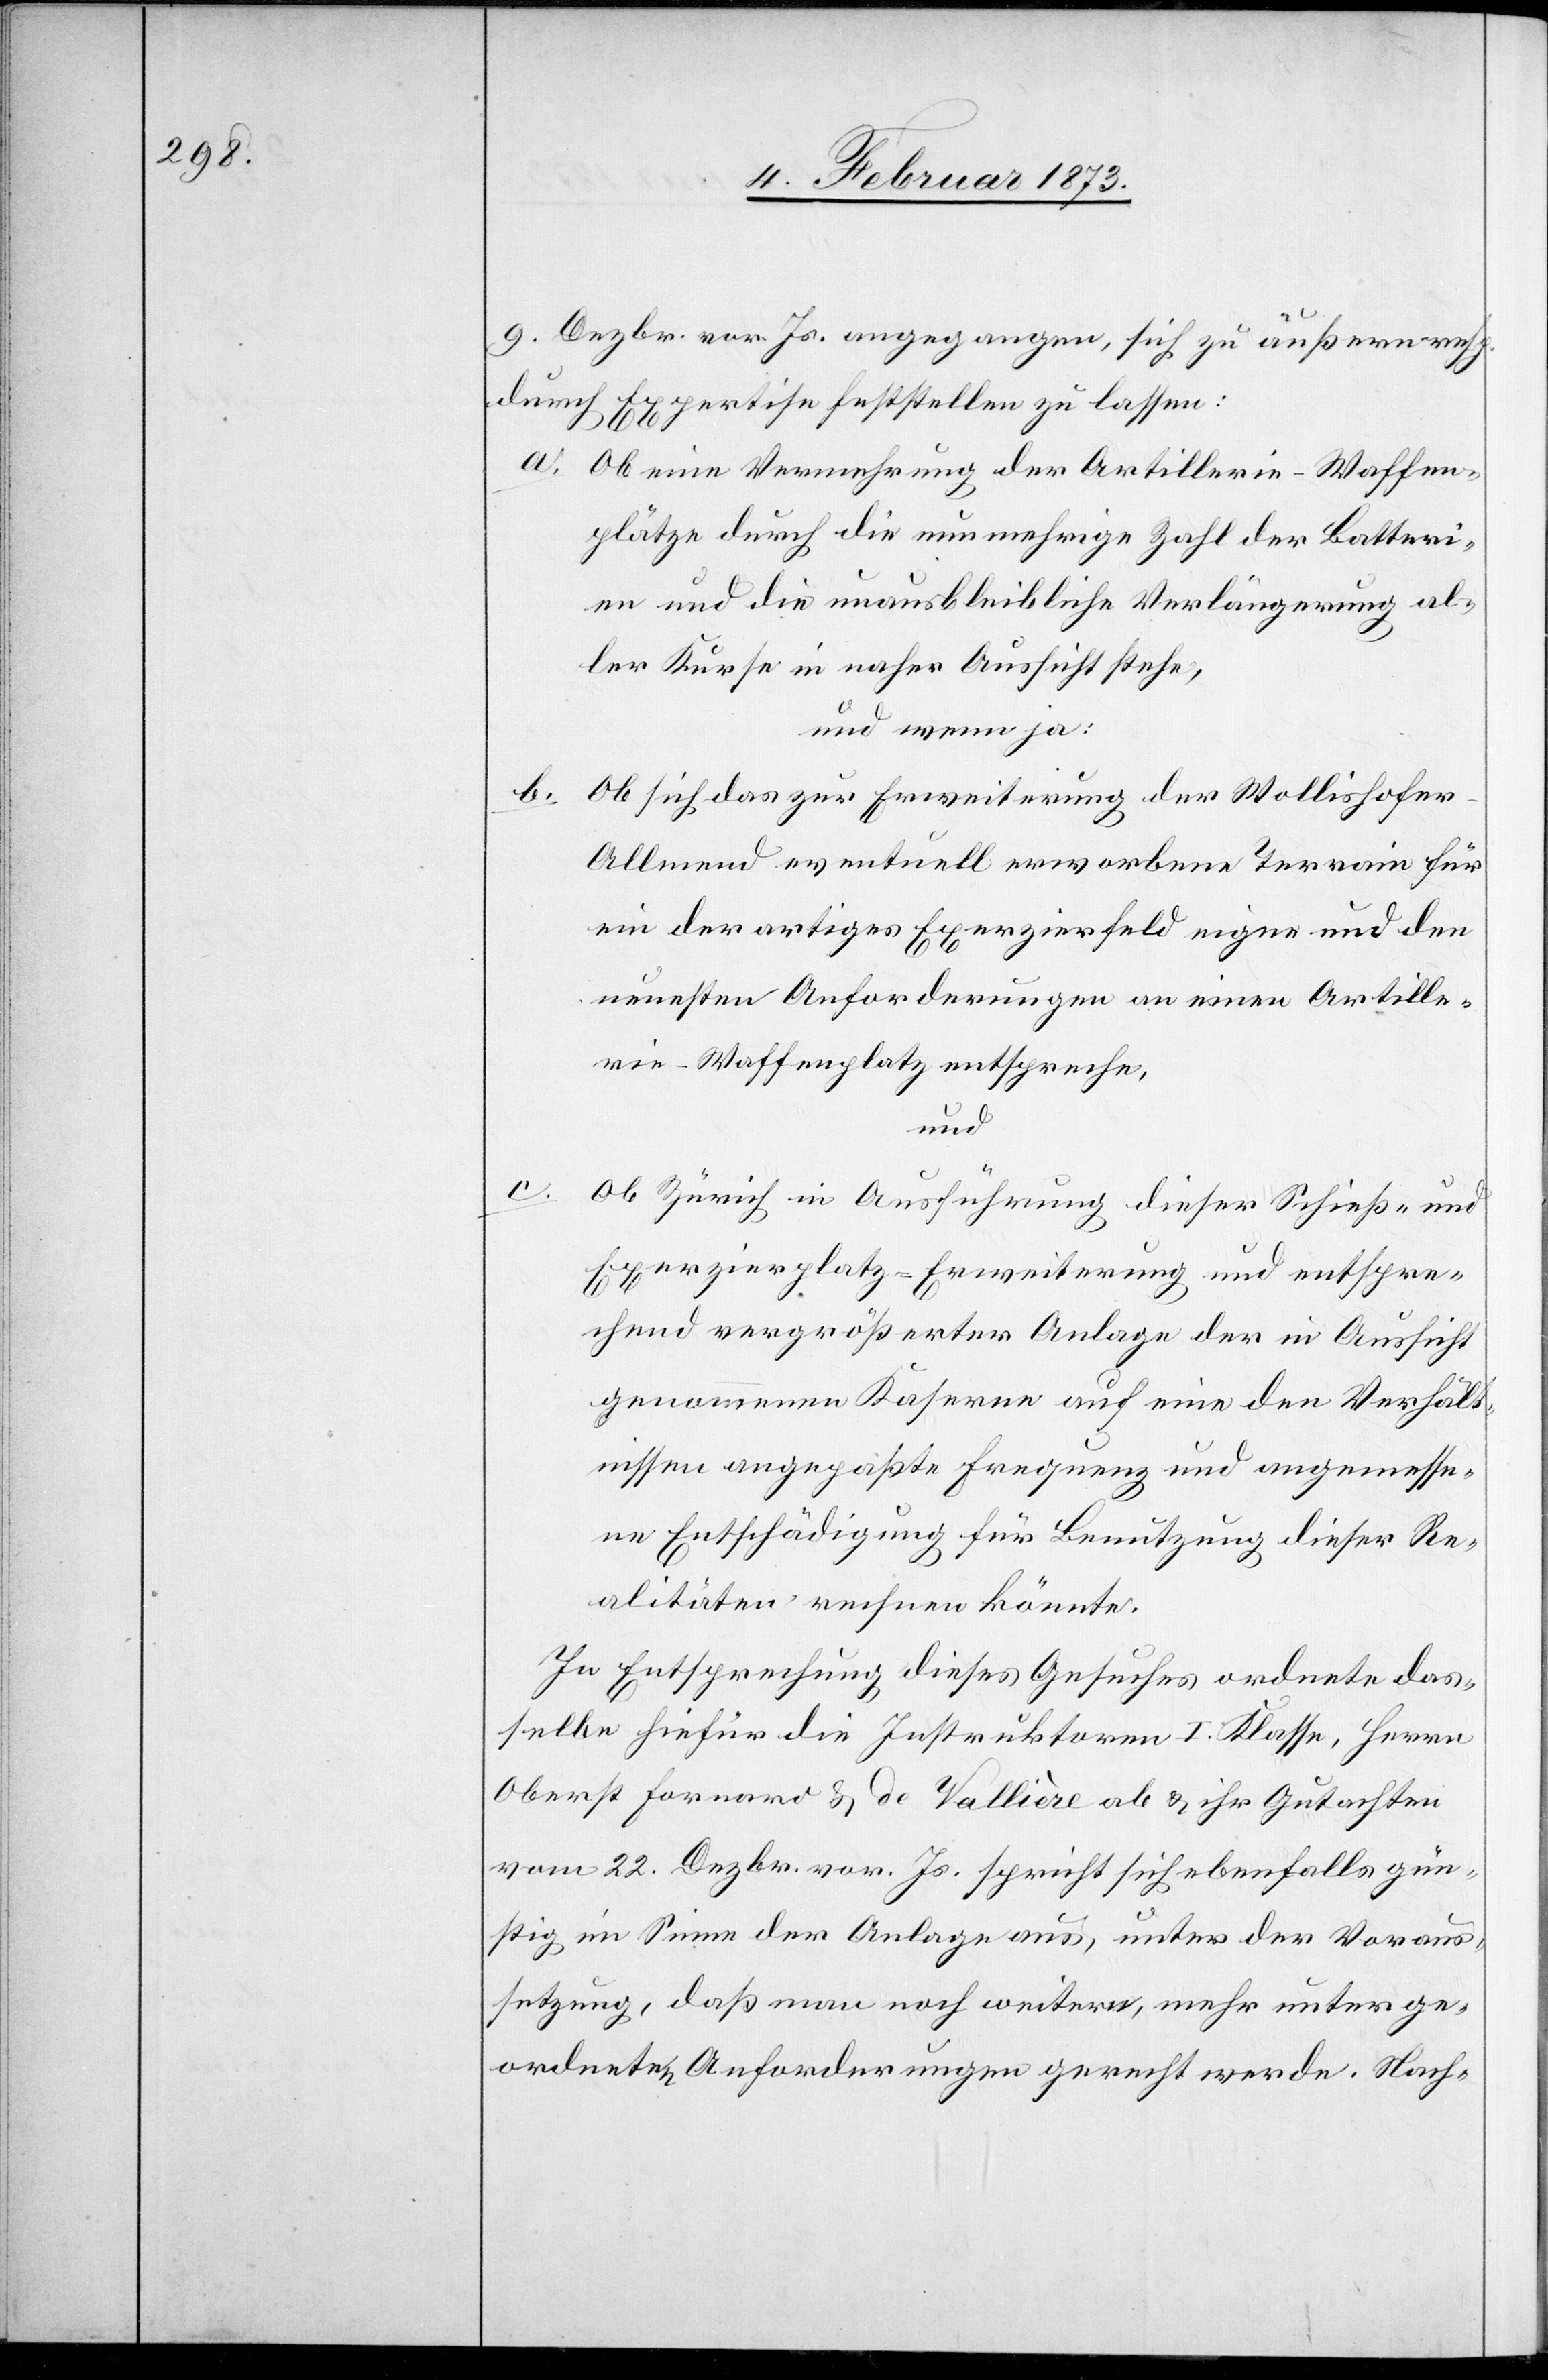
9. Dezbr. vor. Js. angegangen, sich zu äußern resp.
durch Expertise feststellen zu lassen:
a. Ob eine Vermehrung der Artillerie-Waffen¬
plätze durch die nun mehrige Zahl der Batteri¬
en und die unausbleibliche Verlängerung al¬
ler Kurse in naher Aussicht stehe,
und wenn ja:
b.
Ob sich das zur Erweiterung der Wollishofer-A¬
llmend eventuell erworbene Terrain für
ein derartiges Exerzierfeld eigne und den
neuesten Anforderungen an einen Artille¬
rie-Waffenplatz entspreche,
und
c.
Ob Zürich in Ausführung dieser Schieß- und
Exerzierplatz-Erweiterung und entspre¬
chend vergrößerter Anlage der in Aussicht
genommenen Kaserne auf eine den Verhält¬
nissen angepaßte Frequenz und angemesse¬
ne Entschädigung für Benutzung dieser Re¬
alitäten rechnen könnte.
In Entsprechung dieses Gesuches ordnete das¬
selbe hiefür die Instruktoren I. Klasse, Herrn
Oberst Fornard u. de Vallière ab u. ihr Gutachten
vom 22. Dezbr. vor. Js. spricht sich ebenfalls gün¬
stig im Sinne der Anlage aus, unter der Voraus¬
setzung, daß man noch weitern, mehr unterge¬
ordneten Anforderungen gerecht werde.